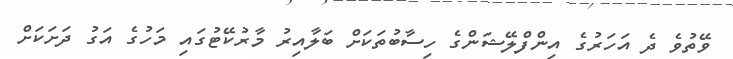
ވޭތުވެ ދެ އަހަރުގެ އިންފްލޭޝަންގެ ހިސާބުތަކަށް ބަލާއިރު މާރުކޭޓުގައި މަހުގެ އަގު ދަށަކަށް